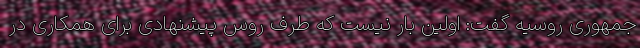
جمهوری روسیه گفت: اولین بار نیست که طرف روس پیشنهادی برای همکاری در